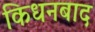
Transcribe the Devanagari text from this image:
किधनबाद